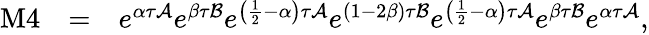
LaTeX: \begin{array}{rlr}{\mathrm{M}4}&{=}&{e^{\alpha\tau\mathcal{A}}e^{\beta\tau\mathcal{B}}e^{\left(\frac{1}{2}-\alpha\right)\tau\mathcal{A}}e^{(1-2\beta)\tau\mathcal{B}}e^{\left(\frac{1}{2}-\alpha\right)\tau\mathcal{A}}e^{\beta\tau\mathcal{B}}e^{\alpha\tau\mathcal{A}},}\end{array}